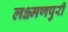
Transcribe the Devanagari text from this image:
लक्ष्मणपुरी